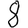
Digit: 8